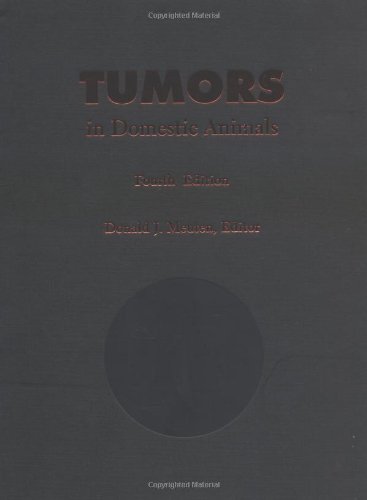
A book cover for Tumors in Domestic Animals; Medical Books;